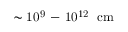
\mathrm { \sim 1 0 ^ { 9 } \mathrm { ~ - ~ } 1 0 ^ { 1 2 } ~ \Omega c m }